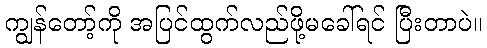
ကျွန်တော့်ကို အပြင်ထွက်လည်ဖို့မခေါ်ရင် ပြီးတာပဲ။